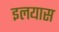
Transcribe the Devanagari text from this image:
इलयास